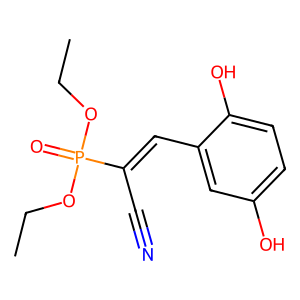
SMILES: CCOP(=O)(OCC)C(C#N)=Cc1cc(O)ccc1O
Inhibits HIV replication: No